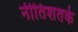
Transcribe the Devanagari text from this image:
नीतिशतके